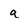
Character: a